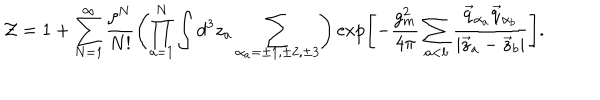
{ \cal Z } = 1 + \sum _ { N = 1 } ^ { \infty } \frac { \zeta ^ { N } } { N ! } \left( \prod _ { a = 1 } ^ { N } \int d ^ { 3 } z _ { a } \sum _ { \alpha _ { a } = \pm 1 , \pm 2 , \pm 3 } ^ { } \right) \exp \left[ - \frac { g _ { m } ^ { 2 } } { 4 \pi } \sum _ { a < b } ^ { } \frac { \vec { q } _ { \alpha _ { a } } \vec { q } _ { \alpha _ { b } } } { \left| \vec { z } _ { a } - \vec { z } _ { b } \right| } \right] .